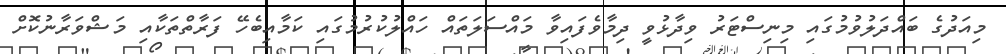
މިއަދުގެ ބައްދަލުވުމުގައި މިނިސްޓަރު ވިދާޅުވީ ދިމާވެފައިވާ މައްސަލަތައް ހައްލުކުރުމުގައި ކަމާއިބެހޭ ފަރާތްތަކާއި މަޝްވަރާނުކޮށް